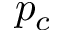
p _ { c }